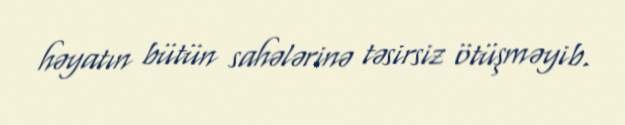
həyatın bütün sahələrinə təsirsiz ötüşməyib.